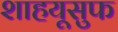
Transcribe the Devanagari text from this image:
शाहयूसुफ